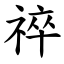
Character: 祽